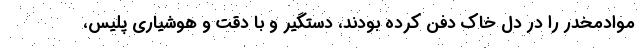
موادمخدر را در دل خاک دفن کرده بودند، دستگیر و با دقت و هوشیاری پلیس،